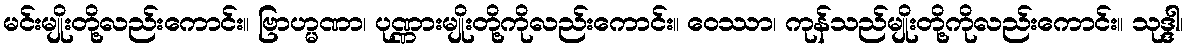
မင်းမျိုးတို့လည်းကောင်း။ ဗြာဟ္မဏာ၊ ပုဏ္ဏားမျိုးတို့ကိုလည်းကောင်း။ ဝေဿာ၊ ကုန်သည်မျိုးတို့ကိုလည်းကောင်း။ သုဒ္ဒါ၊